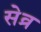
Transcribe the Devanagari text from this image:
सेव्र